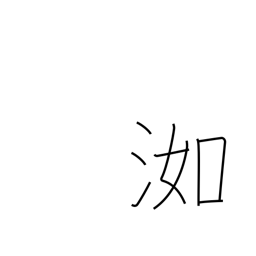
Meaning: wet